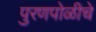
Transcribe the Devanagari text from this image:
पुरणपोळीचे